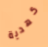
كهدية